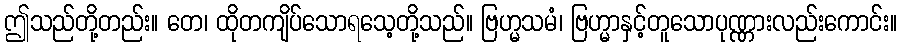
ဤသည်တို့တည်း။ တေ၊ ထိုတကျိပ်သောရသေ့တို့သည်။ ဗြဟ္မသမံ၊ ဗြဟ္မာနှင့်တူသောပုဏ္ဏားလည်းကောင်း။